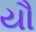
યૌ